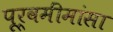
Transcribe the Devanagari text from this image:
पूर्वमींमांसा